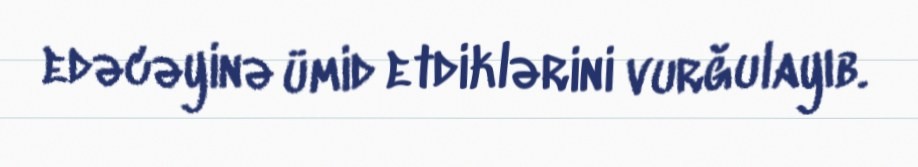
edəcəyinə ümid etdiklərini vurğulayıb.